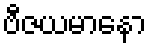
ဗီဇယမာနော